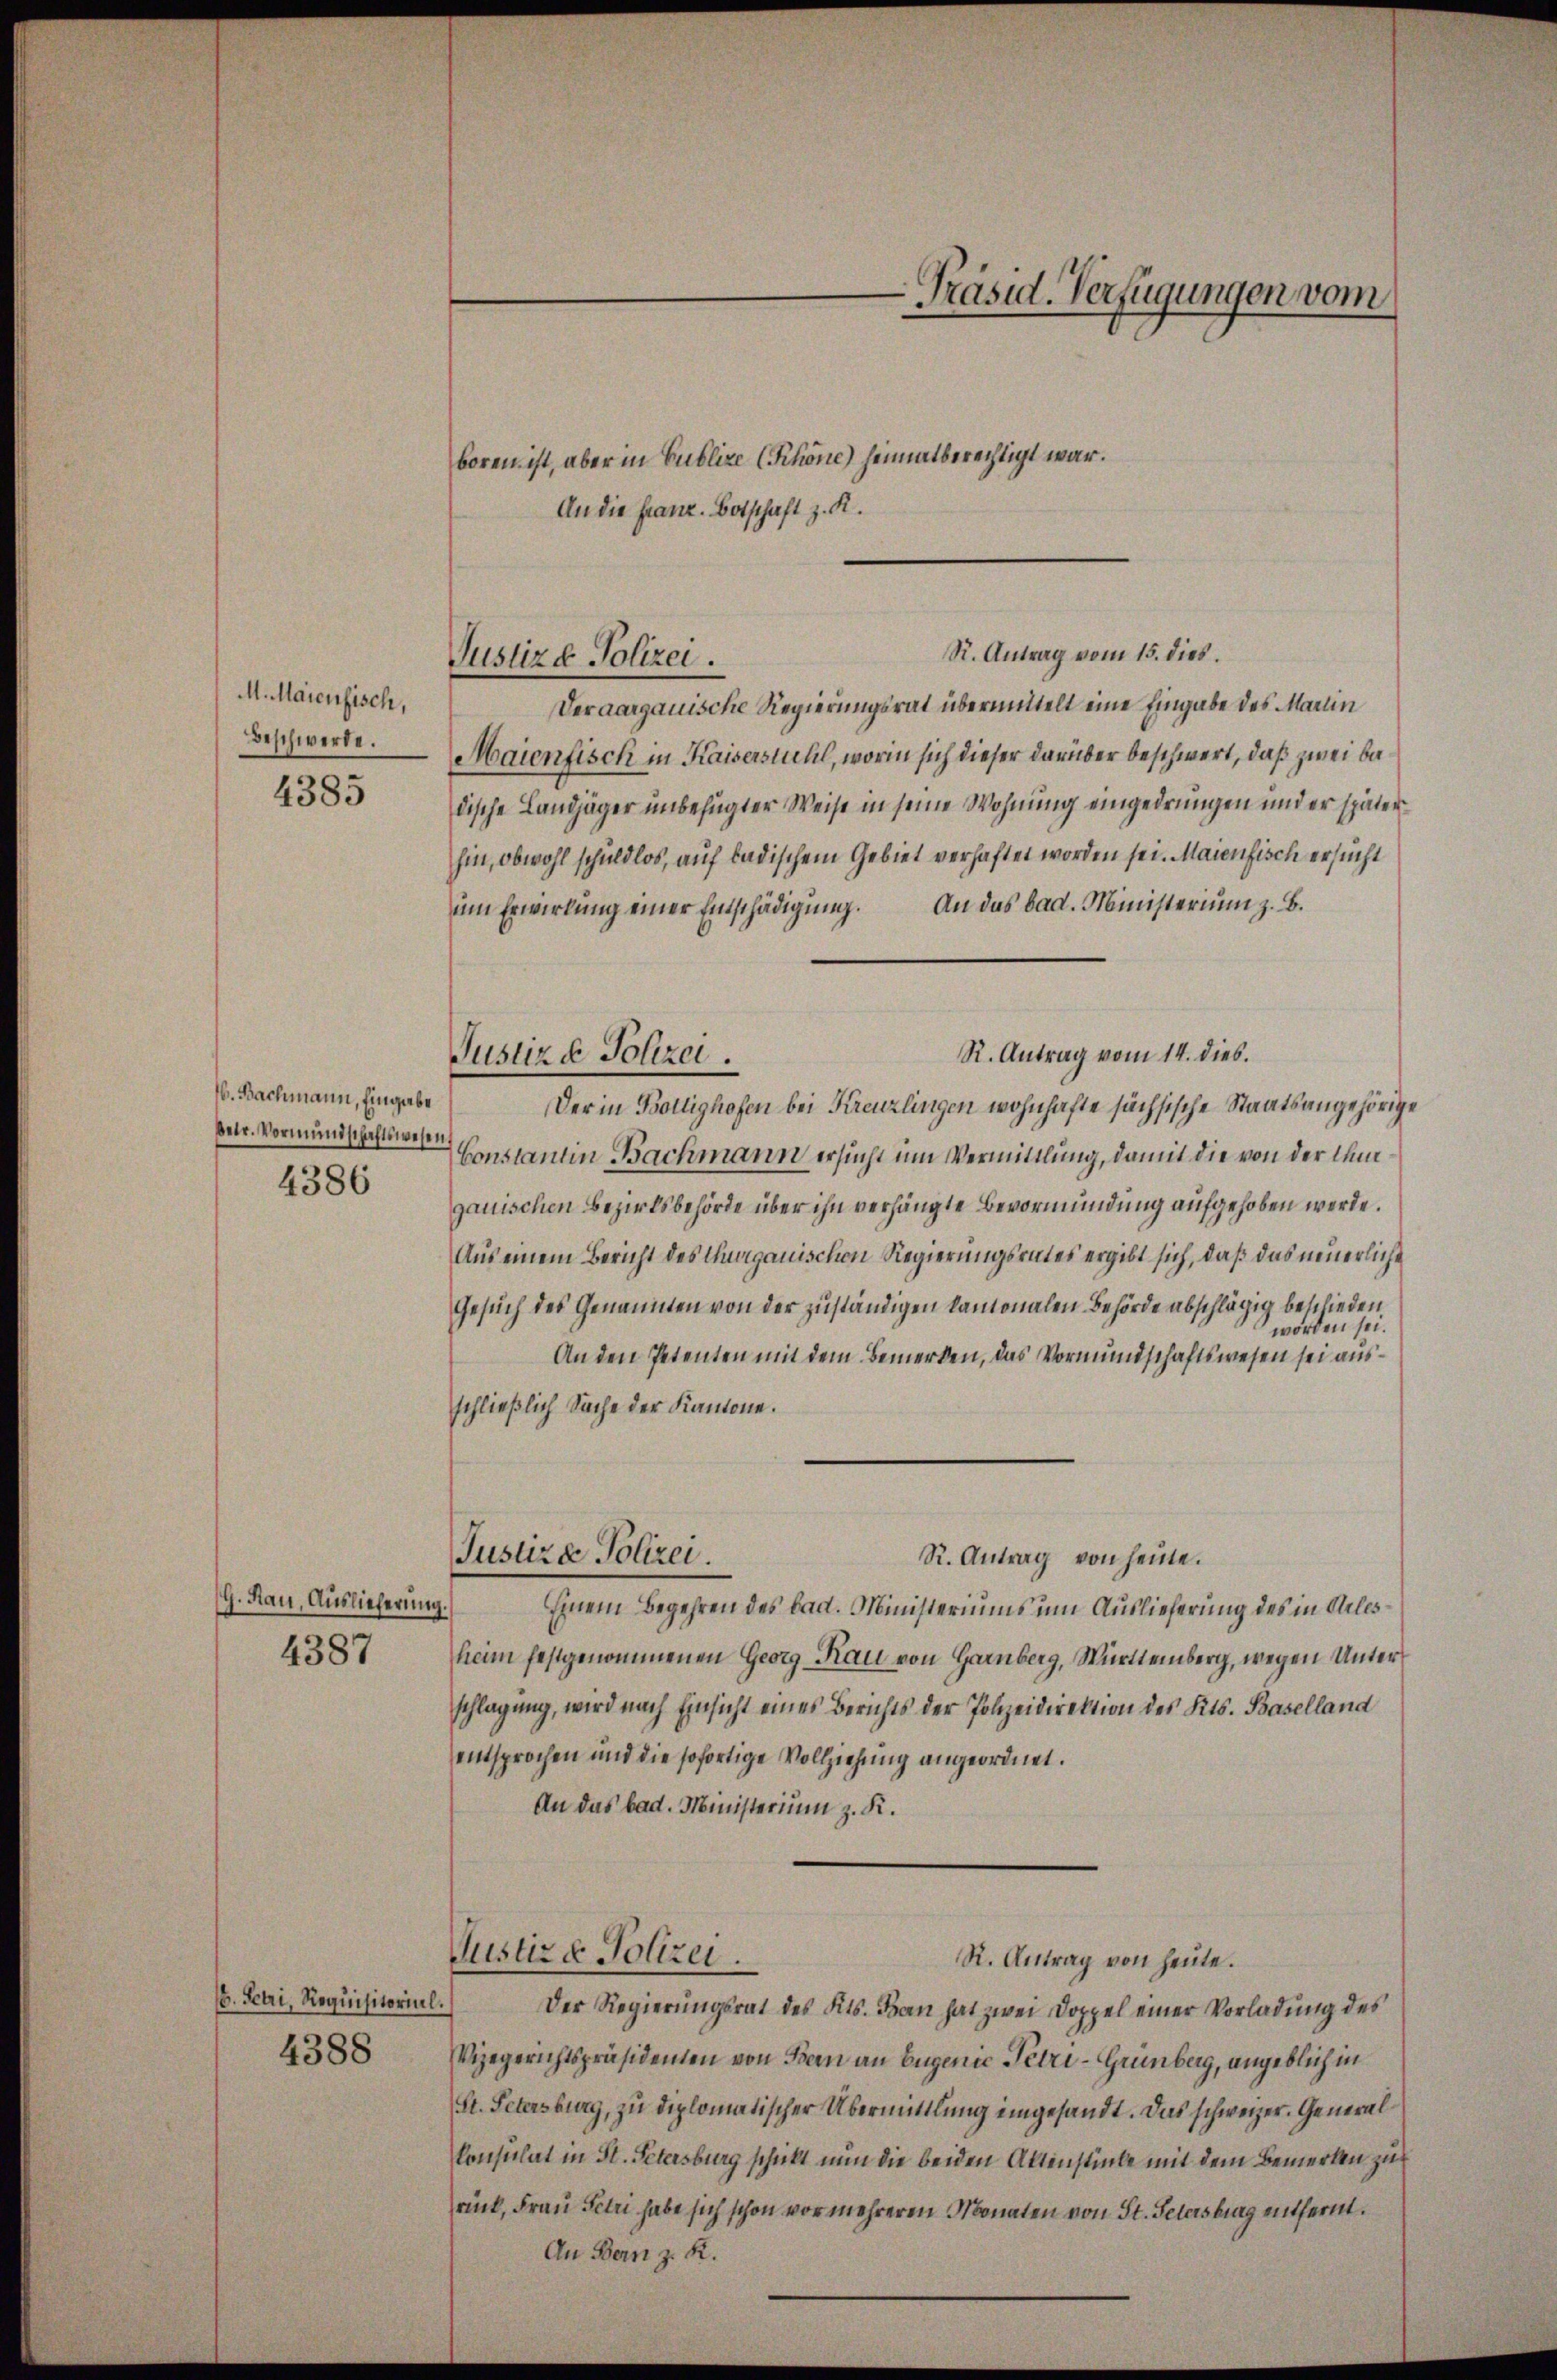
M. Maienfisch,
Beschwerde.
4385

V. Bachmann, Eingabe
betr. Vormundschaftswesen,
4386

G. Rau, Auslieferung.
4387

4388

boren ist, aber in Publize (Schöne heimatberechtigt war.
An die Franz. Botschaft z. R.
S. Antrag vom 15. dies.
Veraargauische Regierungsrat übermittelt eine Eingabe des Marin
Maienfisch in Kaiserstuhl, worin sich dieser darüber beschwert, daß zwei bedische Landjäger unbefugter Weise in seine Wohnung eingedrungen und er späterhin, obwohl schuldlos, auf badischem Gebiet verhaftet worden sei. Maienfisch ersucht
ŭm Erwirkŭng einer Entschädigŭng. An das bad. Ministeriŭm z. B.
R. Antrag vom 14. dies.
Der in Boltighofen bei Kreuzlingen wohnhafte sächsische Staatsangehörige
Constantin Bachmann ersucht um Vermittlung, damit die von der Umgauischen Bezirksbehörde über ihn verhängte Bevormundung aufgehoben werde.
Aus einem Bericht des Thurgauischen Regierungsrates ergibt sich, daß das neuerliche
Gesuch des Genannten von der zuständigen kantonalen Behörde abschlägig beschieden.
worden sei.
An den Petenten mit dem Bemerken, das Vormundschaftswesen sei ausschließlich Sache der Kantone.
Justiza Polizei.
R. Antrag von heute.
Einem Begehren des bad. Ministeriums um Auslieferung des in Arles
heim festgenommenen Georg Kau von Garnberg, Württemberg, wegen Unterschlagung, wird nach Einsicht eines Berichts der Polizeidirektion des Kts. Baselland
entsprochen und die sofortige Vollziehung angeordnet.
An das bad. Ministerium z. K.
Justiz & Polizei.
R. Antrag von heute.
b. Seli, Requisitorial. Der Regierungsrat des Kts. Ban hat zwei Doppel einer Vorladung des
Vizegerichtspräsidenen von Bern an Eugenie Petri-Grünberg, angeblich in
(St. Petersburg, zu diplomatischer Übermittlung eingesandt. Das schweizer. General¬
Consulat in St. Petersburg schickt nun die beiden Aktenstücke mit dem Bemerken zu
rück, Frau Petri habe sich schon vor mehreren Monaten von St. Petersburg entfernt.

Justizd Polizei.

Justizd Polizei.

Präsid. Verfügungen vom